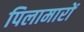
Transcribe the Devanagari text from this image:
पिलामारों